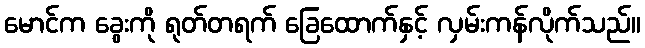
မောင်က ခွေးကို ရုတ်တရက် ခြေထောက်နှင့် လှမ်းကန်လိုက်သည်။